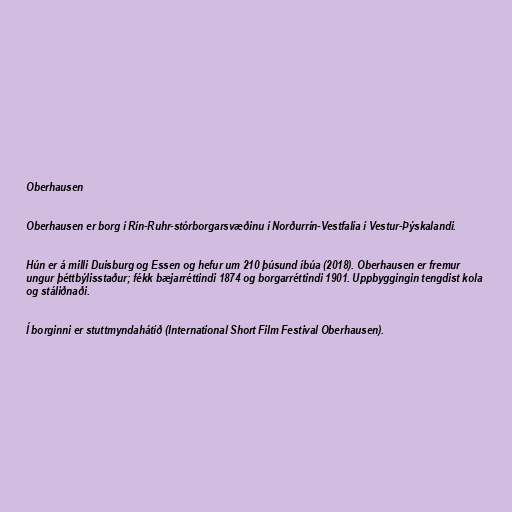
Oberhausen

Oberhausen er borg í Rín-Ruhr-stórborgarsvæðinu í Norðurrín-Vestfalía í Vestur-Þýskalandi.

Hún er á milli Duisburg og Essen og hefur um 210 þúsund íbúa (2018). Oberhausen er fremur
ungur þéttbýlisstaður; fékk bæjarréttindi 1874 og borgarréttindi 1901. Uppbyggingin tengdist kola
og stáliðnaði.

Í borginni er stuttmyndahátíð (International Short Film Festival Oberhausen).